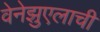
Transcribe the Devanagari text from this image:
वेनेझुएलाची